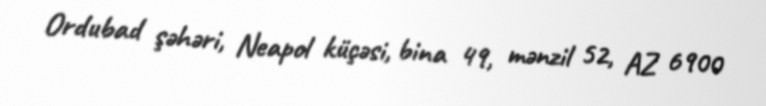
Ordubad şəhəri, Neapol küçəsi, bina 49, mənzil 52, AZ 6900